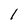
Character: l